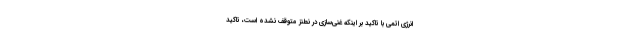
انرژی اتمی با تاکید بر اینکه غنی‌سازی در نطنز متوقف نشده است، تاکید